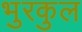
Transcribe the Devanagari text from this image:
भुरकुल